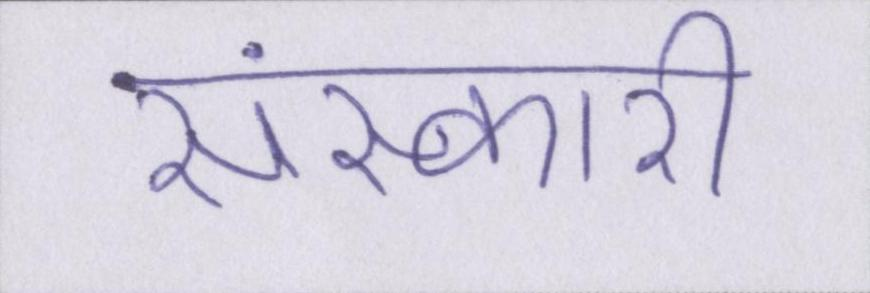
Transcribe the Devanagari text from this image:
संस्कारी